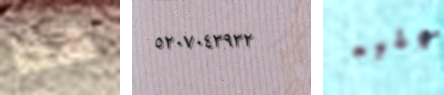
هذا ٥٢٠٧٠٤٣٩٣٢ عليه